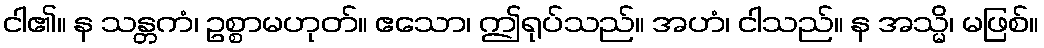
ငါ၏။ န သန္တကံ၊ ဥစ္စာမဟုတ်။ ဧသော၊ ဤရုပ်သည်။ အဟံ၊ ငါသည်။ န အသ္မိ၊ မဖြစ်။